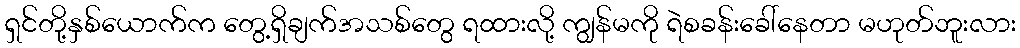
ရှင်တို့နှစ်ယောက်က တွေ့ရှိချက်အသစ်တွေ ရထားလို့ ကျွန်မကို ရဲစခန်းခေါ်နေတာ မဟုတ်ဘူးလား